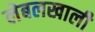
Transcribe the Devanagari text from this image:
लेबलखाली